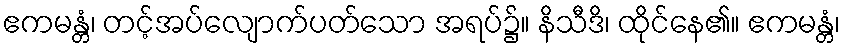
ဧကမန္တံ၊ တင့်အပ်လျောက်ပတ်သော အရပ်၌။ နိသီဒိ၊ ထိုင်နေ၏။ ဧကမန္တံ၊